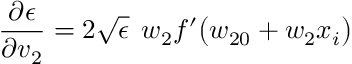
\frac { \partial \epsilon } { \partial v _ { 2 } } = 2 \sqrt { \epsilon } \: \: w _ { 2 } f ^ { \prime } \big ( w _ { 2 0 } + w _ { 2 } x _ { i } \big )